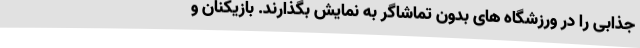
جذابی را در ورزشگاه های بدون تماشاگر به نمایش بگذارند. بازیکنان و